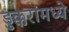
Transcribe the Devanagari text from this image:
डुक्करांमध्ये